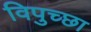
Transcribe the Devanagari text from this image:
विपुच्छा